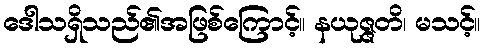
ဒေါသရှိသည်၏အဖြစ်ကြောင့်။ နယုဇ္ဇတိ၊ မသင့်။